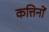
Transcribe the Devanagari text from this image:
कत्तिनों